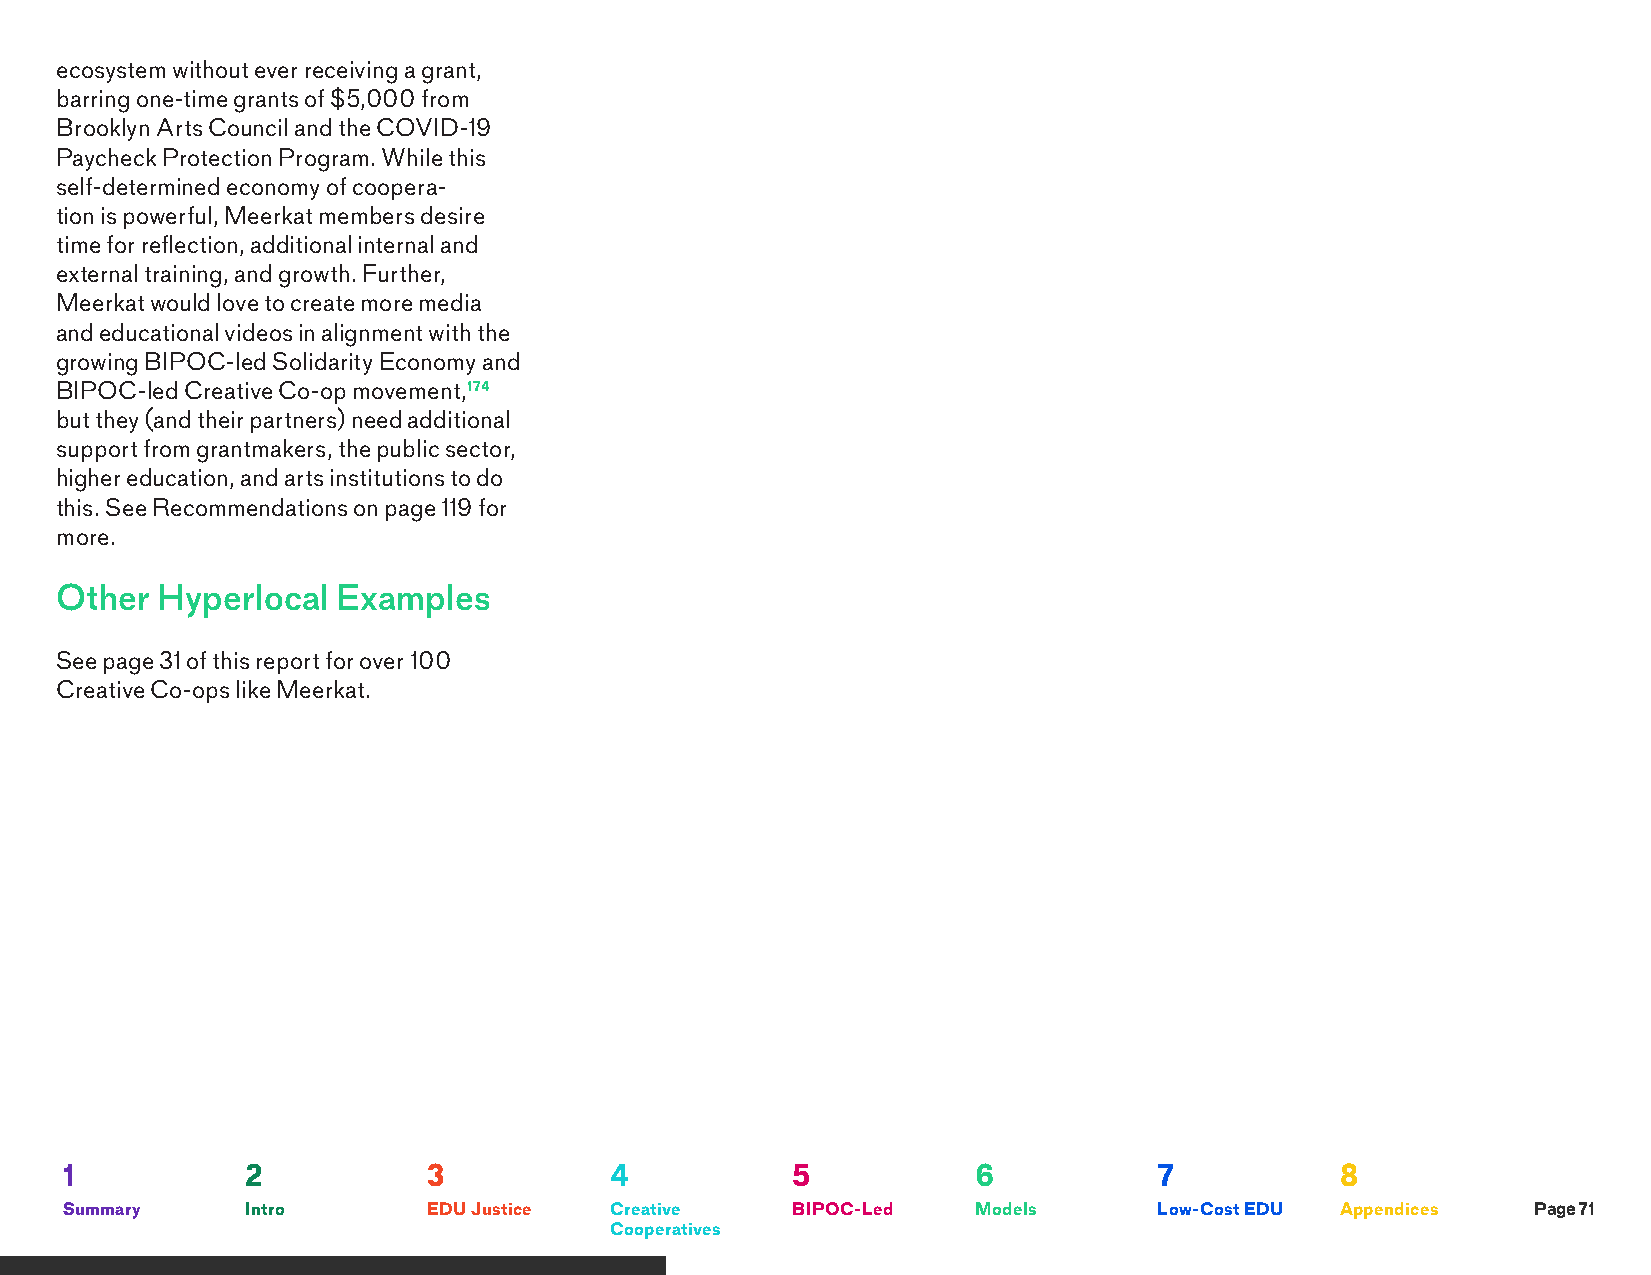
ecosystem without ever receiving a grant,
 barring one-time grants of $5,000 from
 Brooklyn Arts Council and the COVID-19
 Paycheck Protection Program. While this
 self-determined economy of coopera-
 tion is powerful, Meerkat members desire
 time for reflection, additional internal and
 external training, and growth. Further,
 Meerkat would love to create more media
 and educational videos in alignment with the
 growing BIPOC-led Solidarity Economy and
 BIPOC-led Creative Co-op movement,174
 but they (and their partners) need additional
 support from grantmakers, the public sector,
 higher education, and arts institutions to do
 this. See Recommendations on page 119 for
 more.
 Other Hyperlocal  Examples
 See page 31 of this report for over 100
 Creative Co-ops like Meerkat.
 1           2           3           4           5            6           7           8
 Summary     Intro       EDU Justice Creative    BIPOC-Led    Models      Low-Cost EDU Appendices  Page 71
 Cooperatives